Senior Leaving Certificate Examination (including Day School Certificate (Higher) General paper), 1947
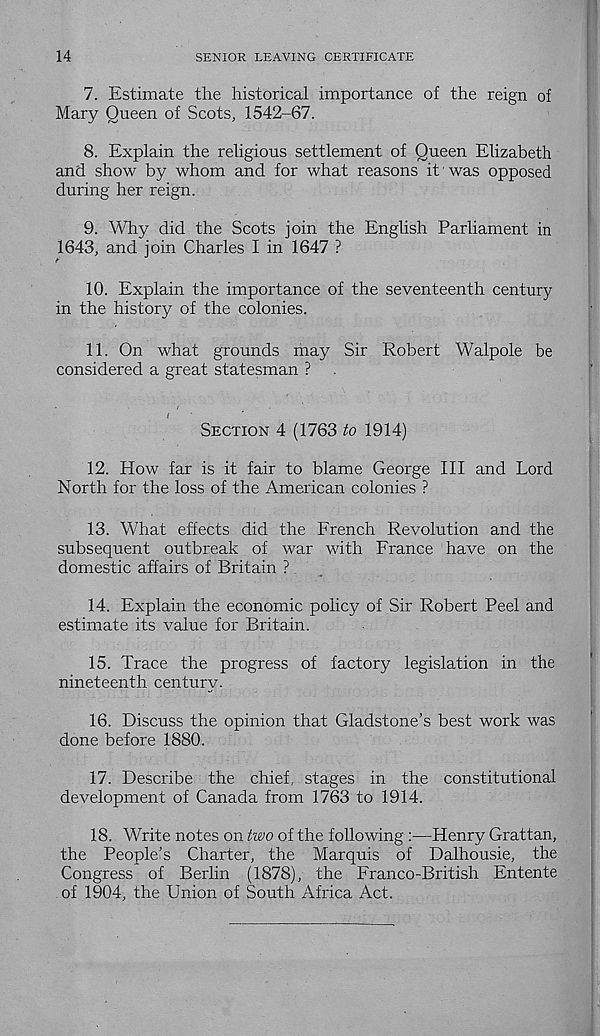
14
SENIOR LEAVING CERTIFICATE
7. Estimate the historical importance of the reign of
Mary Queen of Scots, 1542-67.
8. Explain the religious settlement of Queen Elizabeth
and show by whom and for what reasons it was opposed
during her reign.
9. Why did the Scots join the English Parliament in
1643, and join Charles I in 1647 ?
10. Explain the importance of the seventeenth century
in the history of the colonies.
11. On what grounds may Sir Robert Walpole be
considered a great statesman ?
SECTION 4 (1763 to 1914)
12. How far is it fair to blame George III and Lord
North for the loss of the American colonies ?
13. What effects did the French Revolution and the
subsequent outbreak of war with France have on the
domestic affairs of Britain ?
14. Explain the economic policy of Sir Robert Peel and
estimate its value for Britain.
15. Trace the progress of factory legislation in the
nineteenth century.
16. Discuss the opinion that Gladstone’s best work was
done before 1880.
17. Describe the chief, stages in the constitutional
development of Canada from 1763 to 1914.
18. Write notes on two of the following:—Henry Grattan,
the People’s Charter, the Marquis of Dalhousie, the
Congress of Berlin (1878), the Franco-British Entente
of 1904, the Union of South Africa Act.